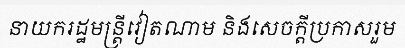
នាយករដ្ឋមន្ត្រីវៀតណាម និងសេចក្តីប្រកាសរួម